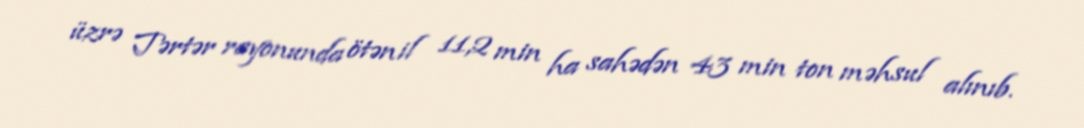
üzrə Tərtər rayonunda ötən il 11,2 min ha sahədən 43 min ton məhsul alınıb.